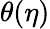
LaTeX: \theta(\eta)